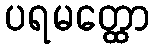
ပရမတ္ထော